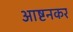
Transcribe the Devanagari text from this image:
आष्टनकर